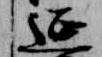
延